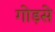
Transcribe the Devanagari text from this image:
गोड़से